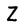
Character: Z